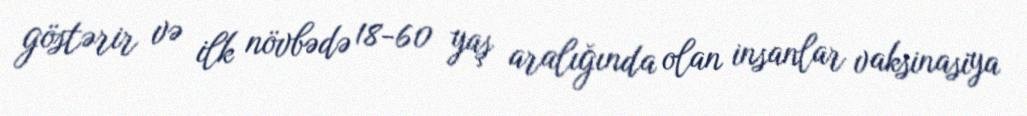
göstərir və ilk növbədə 18-60 yaş aralığında olan insanlar vaksinasiya